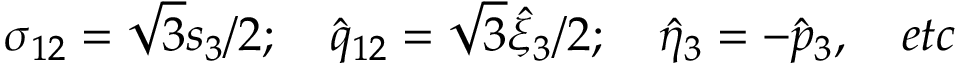
\sigma _ { 1 2 } = { \sqrt 3 } { s _ { 3 } } / 2 ; \quad { \hat { q } } _ { 1 2 } = { \sqrt 3 } { { \hat { \xi } } _ { 3 } } / 2 ; \quad { \hat { \eta } } _ { 3 } = - { \hat { p } } _ { 3 } , \quad e t c